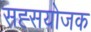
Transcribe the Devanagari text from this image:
सह्सयोजक